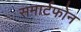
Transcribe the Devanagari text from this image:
समार्टफोन